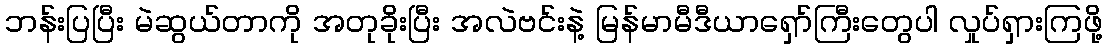
ဘန်းပြပြီး မဲဆွယ်တာကို အတုခိုးပြီး အလဲဗင်းနဲ့ မြန်မာမီဒီယာရှော်ကြီးတွေပါ လှုပ်ရှားကြဖို့